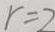
r = 2